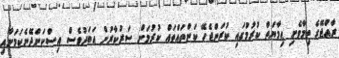
ރާއްޖޭގެ ތިމާވެށި ޙިމާޔަތް ކުރުމުގައި ކުރަންޖެހޭ ކަންތައްތައް ކުރުމަށް ސަރުކާރުން އަބަދުވެސް އިސްކަންދޭނެކަމަށާއި